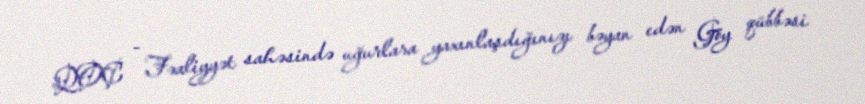
QOÇ - Fəaliyyət sahəsində uğurlara yaxınlaşdığınızı bəyan edən Göy qübbəsi